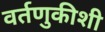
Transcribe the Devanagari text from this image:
वर्तणुकीशी